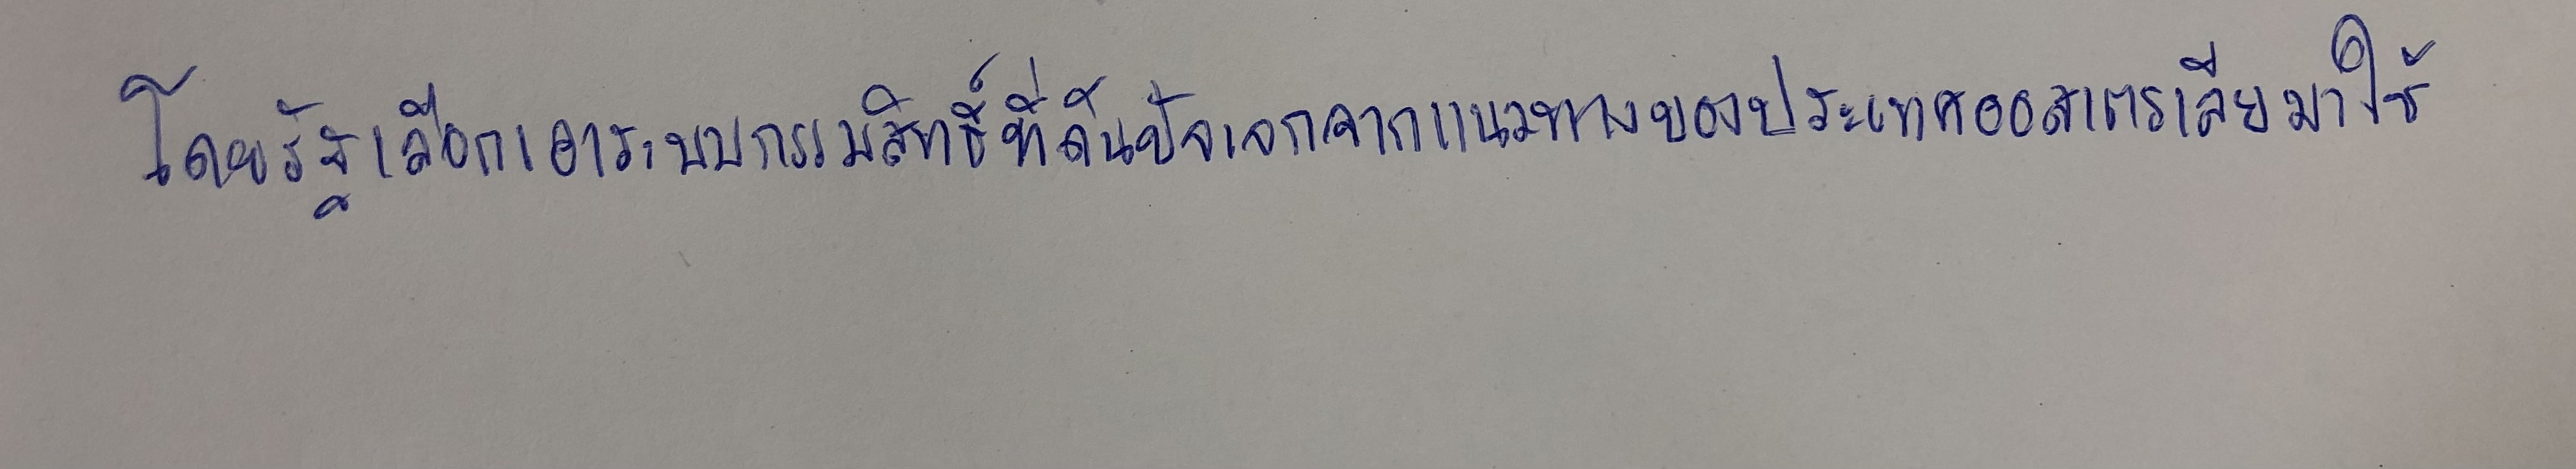
โดยรัฐเลือกเอาระบบกรรมสิทธิ์ที่ดินปัจเจกจากแนวทางของประเทศออสเตรเลียมาใช้